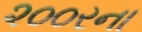
૨૦૦રના